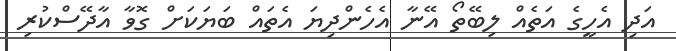
އަދި އެހީގެ އަތެއް ލިބޭތޯ އޭނާ އެހެންދިޔަ އެތައް ބަޔަކަށް ގޮވާ އާދޭސްކުރި